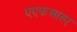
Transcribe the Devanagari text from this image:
एएफआरए